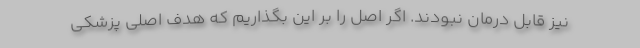
نیز قابل درمان نبودند. اگر اصل را بر این بگذاریم که هدف اصلی پزشکی